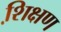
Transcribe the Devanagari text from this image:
शि़क्षण